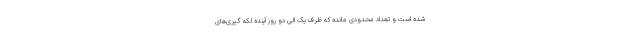
شده است و تعداد محدودی مانده که ظرف یک الی دو روز آینده لکه گیری‌های